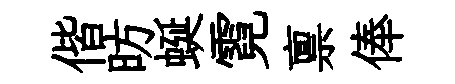
偕昉蜒霓禀俸